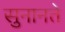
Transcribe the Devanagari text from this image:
सुनानते